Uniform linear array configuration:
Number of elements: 48
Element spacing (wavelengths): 0.5
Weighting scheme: hamming
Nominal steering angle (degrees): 15
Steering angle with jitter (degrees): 13.796
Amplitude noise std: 0.05
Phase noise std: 0.05

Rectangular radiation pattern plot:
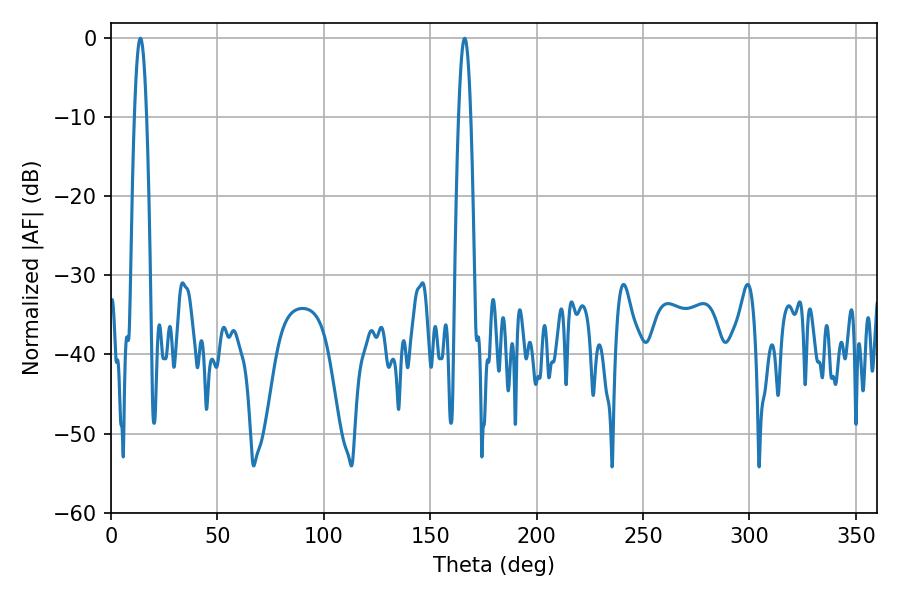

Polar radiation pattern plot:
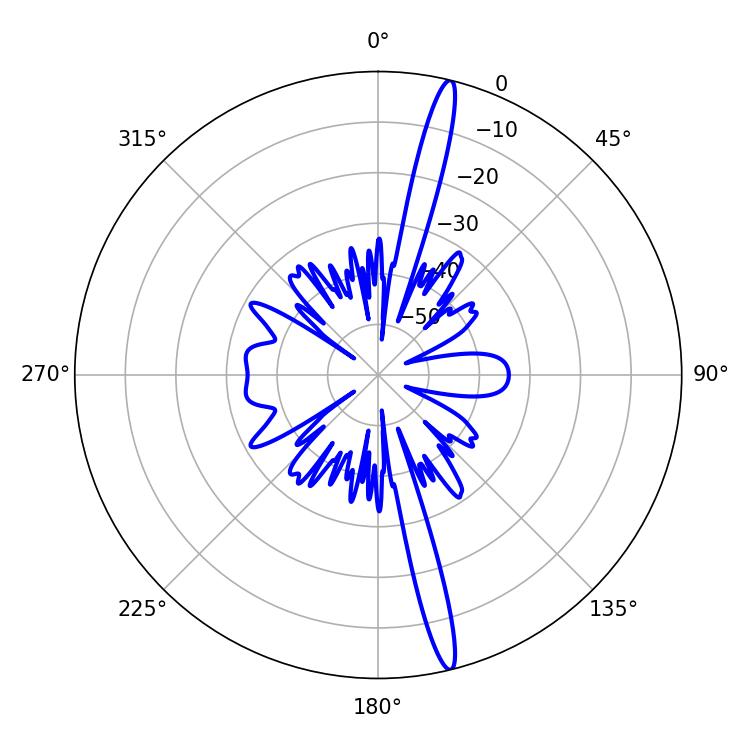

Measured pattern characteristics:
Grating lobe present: FALSE
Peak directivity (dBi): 18.476
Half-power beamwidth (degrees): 3.06
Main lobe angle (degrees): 13.86